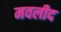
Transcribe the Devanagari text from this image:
मवलीद